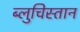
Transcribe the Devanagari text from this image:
ब्लुचिस्तान